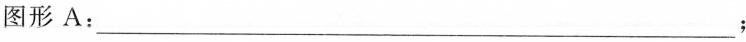
图形A：___；